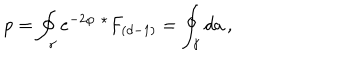
LaTeX: p = \oint _ { \gamma } e ^ { - 2 \varphi } \ { } ^ { \star } F _ { ( d - 1 ) } = \oint _ { \gamma } d a \, ,